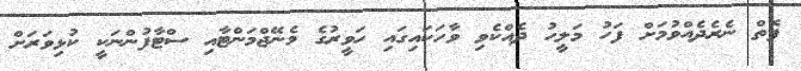
ފޮތް ނެރެދެއްވުމަށް ފަހު މަލީހު ދެއްކެވި ވާހަކައިގައި ހަވީރުގެ މެނޭޖްމަންޓާއި ސްޓާފުންނަކީ ކުޅިވަރަށް